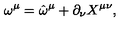
\omega ^ { \mu } = \hat { \omega } ^ { \mu } + \partial _ { \nu } X ^ { \mu \nu } ,